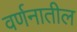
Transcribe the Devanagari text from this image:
वर्णनातील